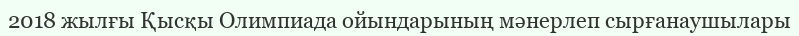
2018 жылғы Қысқы Олимпиада ойындарының мәнерлеп сырғанаушылары